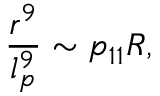
\frac { r ^ { 9 } } { l _ { p } ^ { 9 } } \sim p _ { 1 1 } R ,